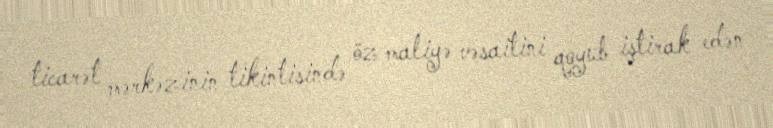
ticarət mərkəzinin tikintisində öz maliyə vəsaitini qoyub iştirak edən